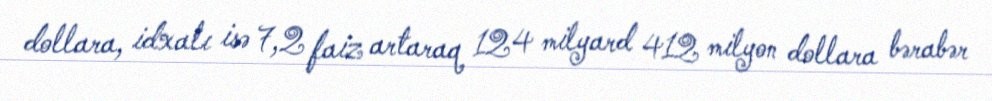
dollara, idxalı isə 7,2 faiz artaraq 124 milyard 412 milyon dollara bərabər